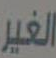
الغير